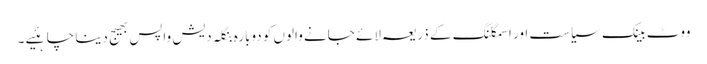
ووٹ بینک سیاست اور اسمگلنگ کے ذریعہ لائے جانے والوں کو دوبارہ بنگلہ دیش واپس بھیج دینا چاہئیے ۔